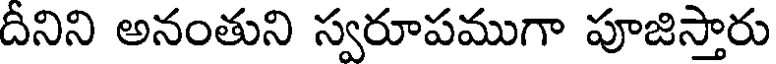
దీనిని అనంతుని స్వరూపముగా పూజిస్తారు